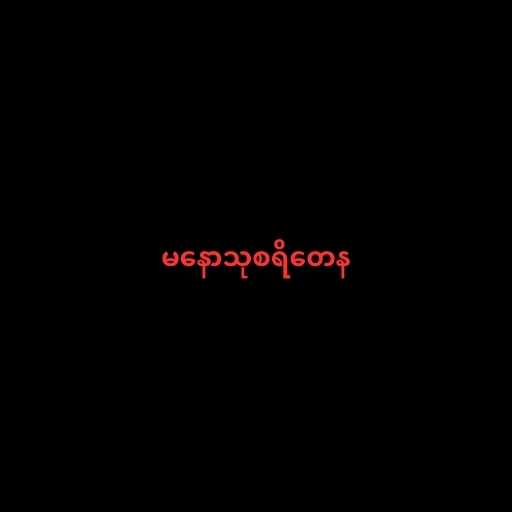
မနောသုစရိတေန